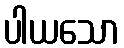
ပါယသော